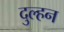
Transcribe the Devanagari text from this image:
दुल्‍हन